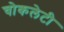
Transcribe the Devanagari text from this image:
चोकलेटी